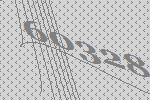
60328